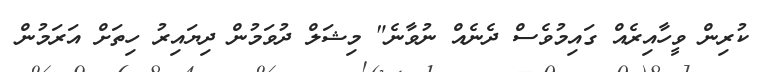
ކުރިން ވީހާއިރެއް ގައިމުވެސް ދެނެއް ނުވާނެ" މިޝަލް ދުވަމުން ދިޔައިރު ހިތަށް އަރަމުން